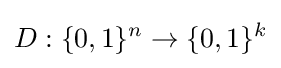
D:\{0,1\}^{n}\rightarrow \{0,1\}^{k}